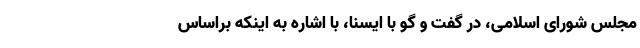
مجلس شورای اسلامی، در گفت و گو با ایسنا، با اشاره به اینکه براساس